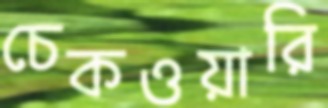
চেকওয়ারি